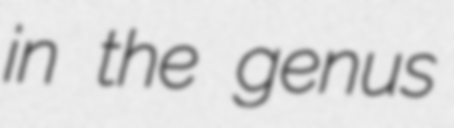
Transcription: in the genus